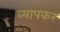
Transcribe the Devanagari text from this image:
व्यापकर